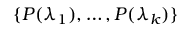
\{ P ( \lambda _ { 1 } ) , \ldots , P ( \lambda _ { k } ) \}